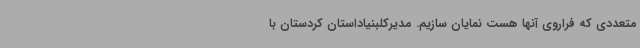
متعددی که فراروی آنها هست نمایان سازیم. مدیرکلبنیاداستان کردستان با